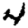
Digit: 4